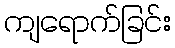
ကျရောက်ခြင်း